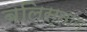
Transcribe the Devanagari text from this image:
बलिस्तान